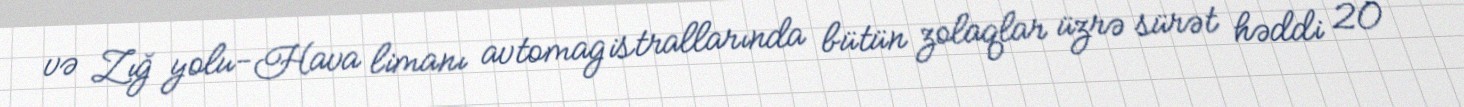
və Zığ yolu-Hava limanı avtomagistrallarında bütün zolaqlar üzrə sürət həddi 20